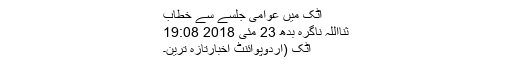
اٹک میں عوامی جلسے سے خطاب
ثنااللہ ناگرہ بدھ 23 مئی 2018 19:08
اٹک (اُردوپوائنٹ اخبارتازہ ترین۔